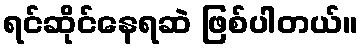
ရင်ဆိုင်နေရဆဲ ဖြစ်ပါတယ်။